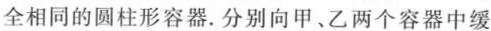
全相同的圆柱形容器. 分别向甲、乙两个容器中缓